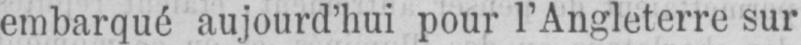
embarqué aujourd’hui pour l’Angleterre sur